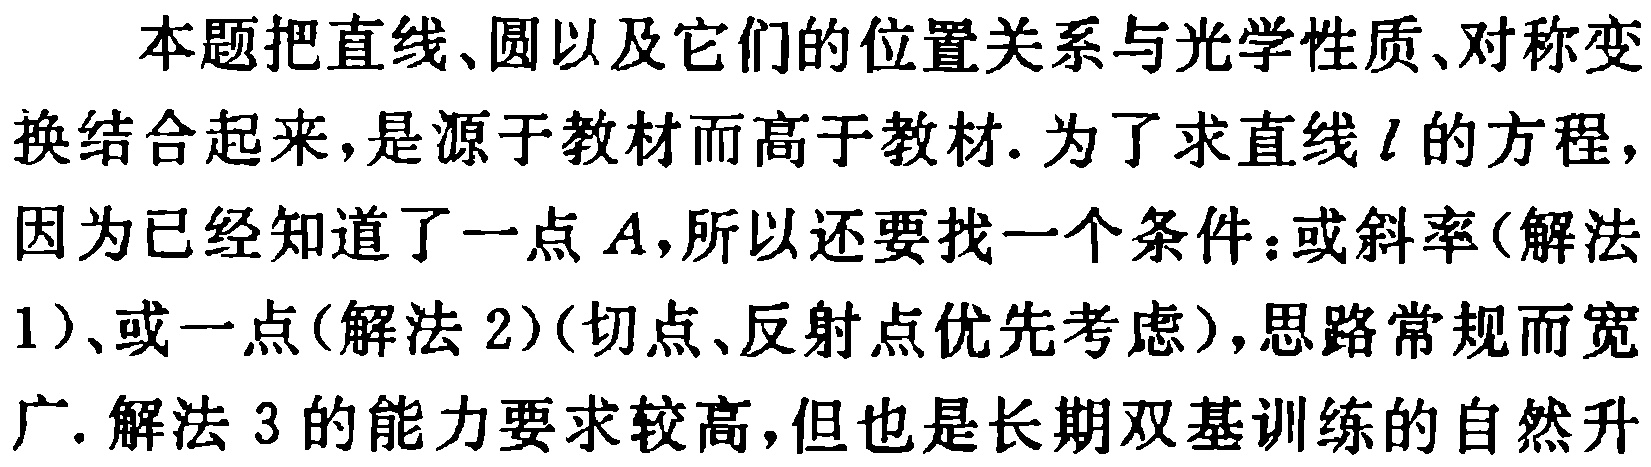
本题把直线、圆以及它们的位置关系与光学性质、对称变

换结合起来，是源于教材而高于教材. 为了求直线 \(l\) 的方程，

因为已经知道了一点 \(A\)，所以还要找一个条件：或斜率(解法

1)、或一点(解法 2)(切点、反射点优先考虑)，思路常规而宽

广. 解法 3 的能力要求较高，但也是长期双基训练的自然升